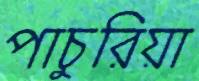
পাচুরিয়া